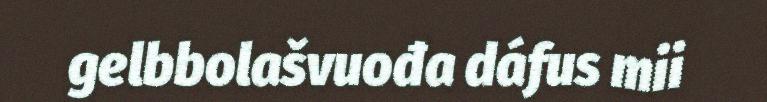
gelbbolašvuođa dáfus mii